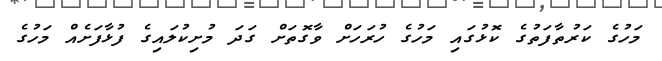
މަހުގެ ކަރުތާފަތުގެ ކޮޅުގައި މަހުގެ ހުރަހަށް ވާގޮތަށް ގަދަ މުށިކުލައިގެ ފުޅާފަށެއް މަހުގެ